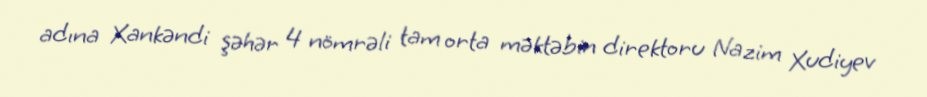
adına Xankəndi şəhər 4 nömrəli tam orta məktəbin direktoru Nazim Xudiyev